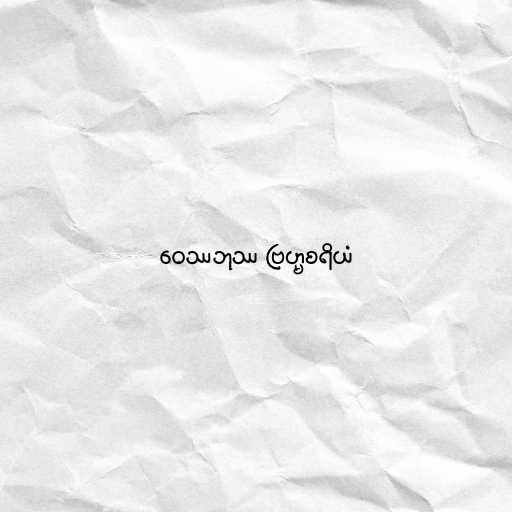
ဝေဿဘုဿ ဗြဟ္မစရိယံ